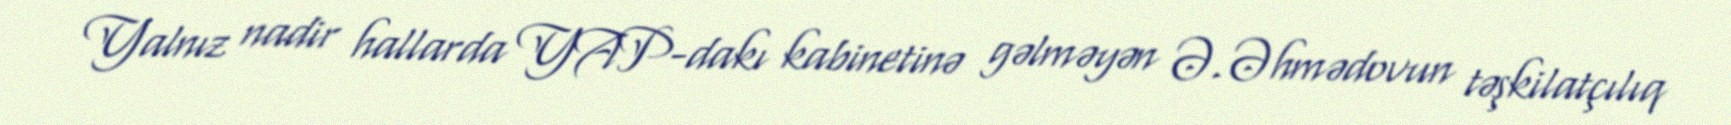
Yalnız nadir hallarda YAP-dakı kabinetinə gəlməyən Ə.Əhmədovun təşkilatçılıq